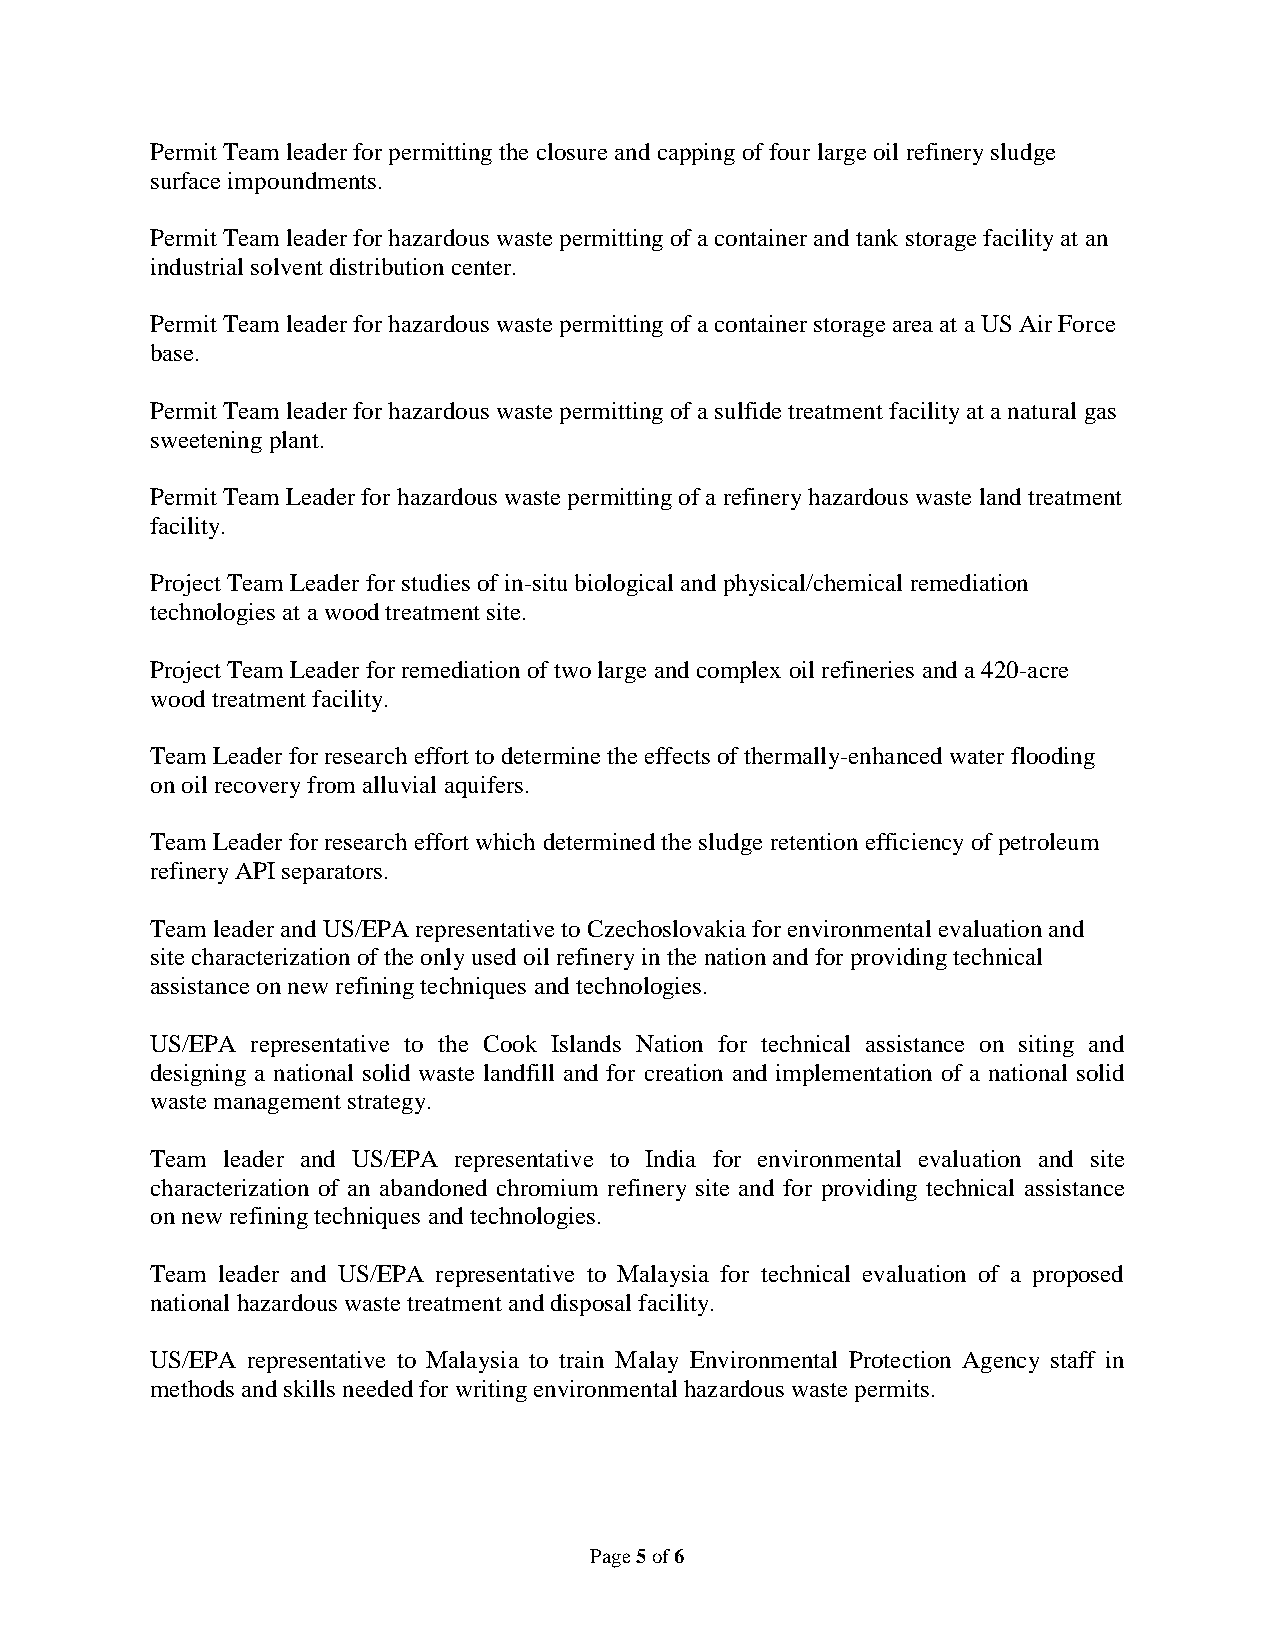
Permit Team leader for permitting the closure and capping of four large oil refinery sludge
 surface impoundments.
 Permit Team leader for hazardous waste permitting of a container and tank storage facility at an
 industrial solvent distribution center.
 Permit Team leader for hazardous waste permitting of a container storage area at a US Air Force
 base.
 Permit Team leader for hazardous waste permitting of a sulfide treatment facility at a natural gas
 sweetening plant.
 Permit Team Leader for hazardous waste permitting of a refinery hazardous waste land treatment
 facility.
 Project Team Leader for studies of in-situ biological and physical/chemical remediation
 technologies at a wood treatment site.
 Project Team Leader for remediation of two large and complex oil refineries and a 420-acre
 wood treatment facility.
 Team Leader for research effort to determine the effects of thermally-enhanced water flooding
 on oil recovery from alluvial aquifers.
 Team Leader for research effort which determined the sludge retention efficiency of petroleum
 refinery API separators.
 Team leader and US/EPA representative to Czechoslovakia for environmental evaluation and
 site characterization of the only used oil refinery in the nation and for providing technical
 assistance on new refining techniques and technologies.
 US/EPA representative to the Cook Islands Nation for technical assistance on siting and
 designing a national solid waste landfill and for creation and implementation of a national solid
 waste management strategy.
 Team leader and US/EPA representative to India for environmental evaluation and site
 characterization of an abandoned chromium refinery site and for providing technical assistance
 on new refining techniques and technologies.
 Team leader and US/EPA representative to Malaysia for technical evaluation of a proposed
 national hazardous waste treatment and disposal facility.
 US/EPA representative to Malaysia to train Malay Environmental Protection Agency staff in
 methods and skills needed for writing environmental hazardous waste permits.
 Page 5 of 6